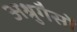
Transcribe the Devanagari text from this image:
अश्रुगैसों